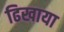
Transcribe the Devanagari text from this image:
ढिखाया